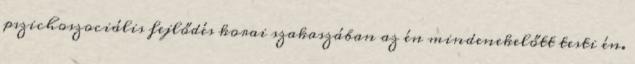
pszichoszociális fejlődés korai szakaszában az én mindenekelőtt testi én.